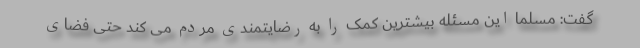
گفت: مسلما این مسئله بیشترین کمک را به رضایتمندی مردم می کند حتی فضای